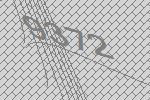
9372